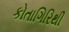
કોતાગિરિથી